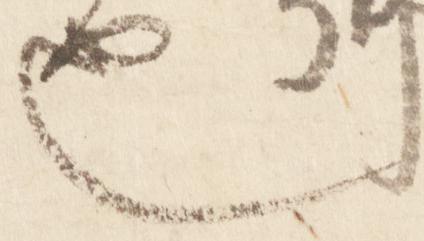
也